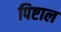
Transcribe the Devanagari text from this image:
पिष्टाल